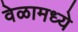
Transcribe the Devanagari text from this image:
वेळामध्ये